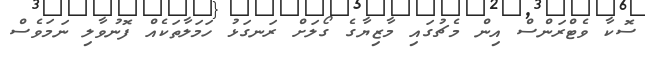
ސޮކާ ވެޓްރަންސް އިން މެޗުގައި މާޒިޔާގެ ގޯލަށް ރަނގަޅު ހަމަލާތަކެއް ފޮނުވާލި ނަމަވެސް